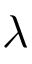
\lambda